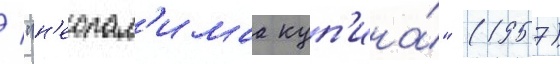
/ "н'еопал'имаа куп'ина́" (1957)